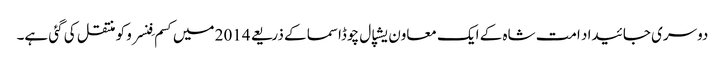
دوسری جائیداد امت شاہ کے ایک معاون یشپال چوڈاسما کے ذریعے 2014 میں کسم فِنسرو کو منتقل کی گئی ہے۔